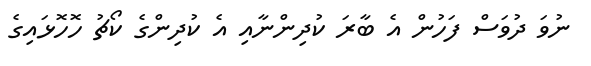
ނުވަ ދުވަސް ފަހުން އެ ބާރަ ކުދިންނާއި އެ ކުދިންގެ ކޯޗު ހޮހޮޅައިގެ